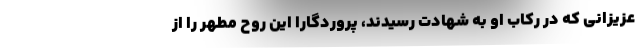
عزیزانی که در رکاب او به شهادت رسیدند، پروردگارا این روح مطهر را از